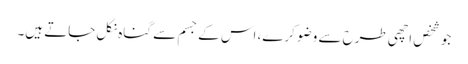
جو شخص اچھی طرح سے وضو کرے، اس کے جسم سے گناہ نکل جاتے ہیں۔